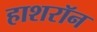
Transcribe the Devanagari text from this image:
हाशरॉन